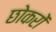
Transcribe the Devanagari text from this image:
छोकरों